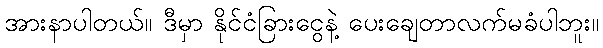
အားနာပါတယ်။ ဒီမှာ နိုင်ငံခြားငွေနဲ့ ပေးချေတာလက်မခံပါဘူး။